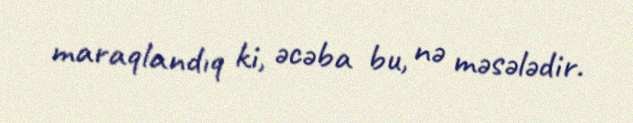
maraqlandıq ki, əcəba bu, nə məsələdir.